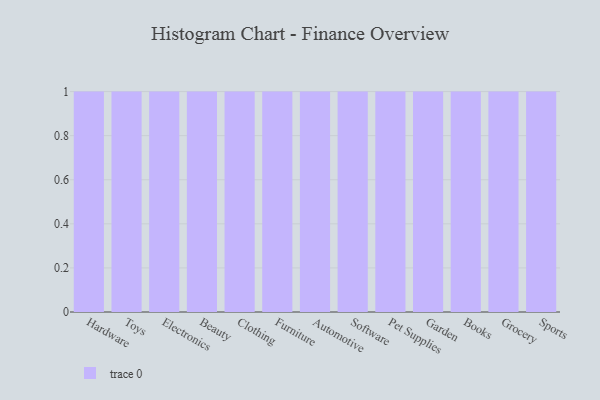
{"axis": {"x": "Category", "y": "Page Views"}, "legend": [""], "data": [{"x": "Hardware", "y": 3, "type": ""}, {"x": "Toys", "y": 5, "type": ""}, {"x": "Electronics", "y": 66, "type": ""}, {"x": "Beauty", "y": 43, "type": ""}, {"x": "Clothing", "y": 78, "type": ""}, {"x": "Furniture", "y": 40, "type": ""}, {"x": "Automotive", "y": 53, "type": ""}, {"x": "Software", "y": 10, "type": ""}, {"x": "Pet Supplies", "y": 88, "type": ""}, {"x": "Garden", "y": 31, "type": ""}, {"x": "Books", "y": 100, "type": ""}, {"x": "Grocery", "y": 11, "type": ""}, {"x": "Sports", "y": 93, "type": ""}]}